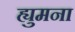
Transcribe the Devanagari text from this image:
ह्युमना